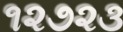
૧૨૭૨૩